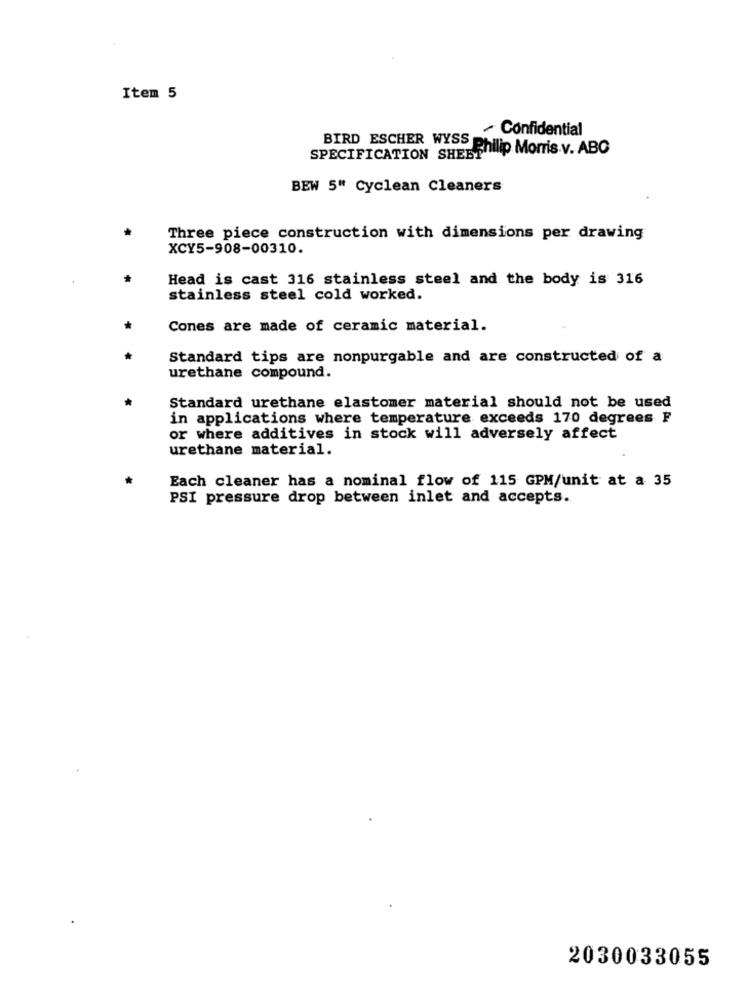
Item 5
~ Confidential
SPECIFICATION SHEET
BIRD ESCHER WYSS Philip Morris v. ABC
BEW 5" Cyclean Cleaners
Three piece construction with dimensions per drawing
XCY5-908-00310.
Head is cast 316 stainless steel and the body is 316
stainless steel cold worked.
Cones are made of ceramic material.
Standard tips are nonpurgable and are constructed of a
urethane compound.
Standard urethane elastomer material should not be used
in applications where temperature exceeds 170 degrees F
or where additives in stock will adversely affect
urethane material.
Each cleaner has a nominal flow of 115 GPM/unit at a 35
PSI pressure drop between inlet and accepts.
2030033055